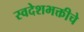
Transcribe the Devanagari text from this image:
स्वदेशभक्तीचे